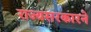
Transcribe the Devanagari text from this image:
राज्यसरकारने